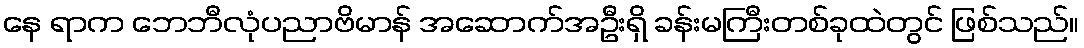
နေ ရာက ဘေဘီလုံပညာဗိမာန် အဆောက်အဦးရှိ ခန်းမကြီးတစ်ခုထဲတွင် ဖြစ်သည်။